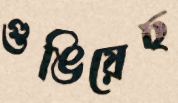
গুঙিয়েছ